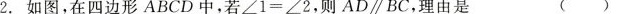
2.如图，在四边形ABCD中，若∠1=∠2，则AD/BC，理由是 ( )